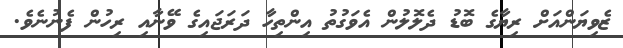
ޒެވިޔަންއަށް ރިޔާގެ ބޮޑު ދެލޮލުން އެވަގުތު އިންތިހާ ދަރަޖައިގެ ވޭނާއި ރިހުން ފެނުނެވެ.